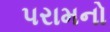
પરામનો